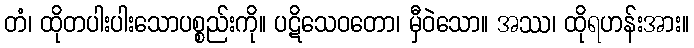
တံ၊ ထိုတပါးပါးသောပစ္စည်းကို။ ပဋိသေဝတော၊ မှီဝဲသော။ အဿ၊ ထိုရဟန်းအား။